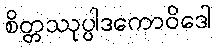
စိတ္တဿုပ္ပါဒကောဝိဒေါ